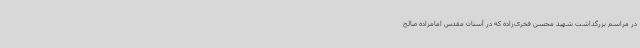
در مراسم بزرگداشت شهید محسن فخری‌زاده که در آستان مقدس امامزاده صالح